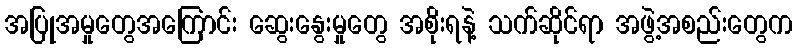
အပြုအမှုတွေအကြောင်း ဆွေးနွေးမှုတွေ အစိုးရနဲ့ သက်ဆိုင်ရာ အဖွဲ့အစည်းတွေက